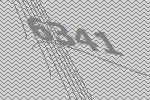
6341